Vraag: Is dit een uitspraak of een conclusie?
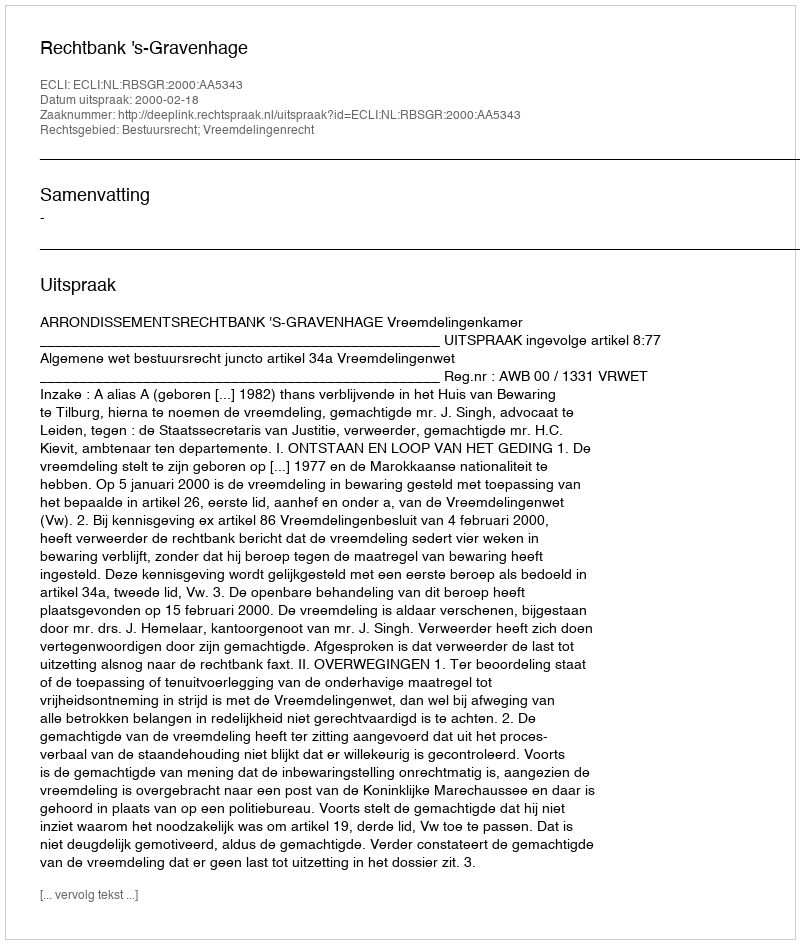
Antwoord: Uitspraak